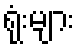
ရုံးများ